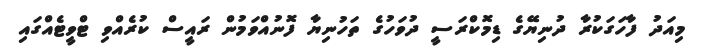
މިއަދު ފާހަގަކުރާ ދުނިޔޭގެ ޑިމޮކްރަސީ ދުވަހުގެ ތަހުނިޔާ ފޮނުއްވަމުން ރައީސް ކުރެއްވި ޓްވީޓެއްގައި